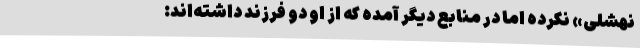
نَهشَلی» نکرده اما در منابع دیگر آمده که از او دو فرزند داشته‌اند: